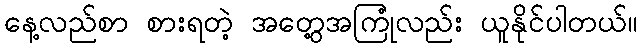
နေ့လည်စာ စားရတဲ့ အတွေ့အကြုံလည်း ယူနိုင်ပါတယ်။